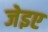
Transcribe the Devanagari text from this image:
जेइए